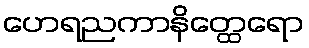
ဟေရညကာနိတ္ထေရော